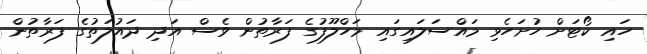
ހައި ކޯޓަށް ހުށަހެޅި މައްސަލައިގައި މަހްލޫފުގެ ފަރާތުން ވެސް އަދި ދައުލަތުގެ ފަރާތުން